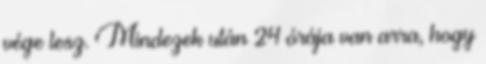
vége lesz. Mindezek után 24 órája van arra, hogy